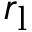
r _ { \mathrm { l } }